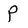
Character: P